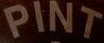
PINT